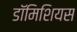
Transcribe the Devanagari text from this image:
डॉमिशियस